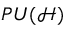
P U ( { \mathcal { H } } )